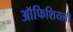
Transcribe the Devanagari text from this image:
ऑफिशियली